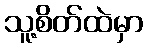
သူ့စိတ်ထဲမှာ